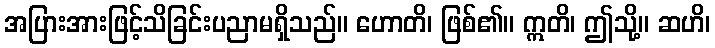
အပြားအားဖြင့်သိခြင်းပညာမရှိသည်။ ဟောတိ၊ ဖြစ်၏။ ဣတိ၊ ဤသို့။ ဆဟိ၊